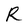
Character: R